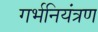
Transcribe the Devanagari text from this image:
गर्भनियंत्रण